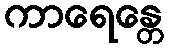
ကာရေန္တေ